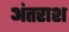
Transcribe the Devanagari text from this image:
अंतराश